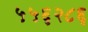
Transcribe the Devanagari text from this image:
५५६२८६